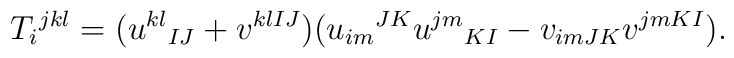
T_i{}^{jkl}=(u^{kl}{}_{IJ}+v^{klIJ})(u_{im}{}^{JK}u^{jm}{}_{KI}-v_{imJK}v^{jmKI}).